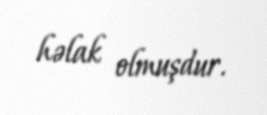
həlak olmuşdur.